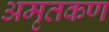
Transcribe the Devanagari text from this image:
अमृतकण